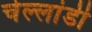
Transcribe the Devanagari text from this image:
चेल्लांडी